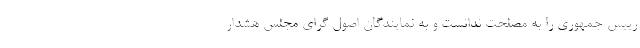
رییس جمهوری را به مصلحت ندانست و به نمایندگان اصول گرای مجلس هشدار